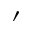
\prime